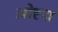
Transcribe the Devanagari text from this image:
ओह्दा